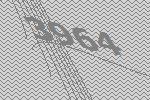
3964